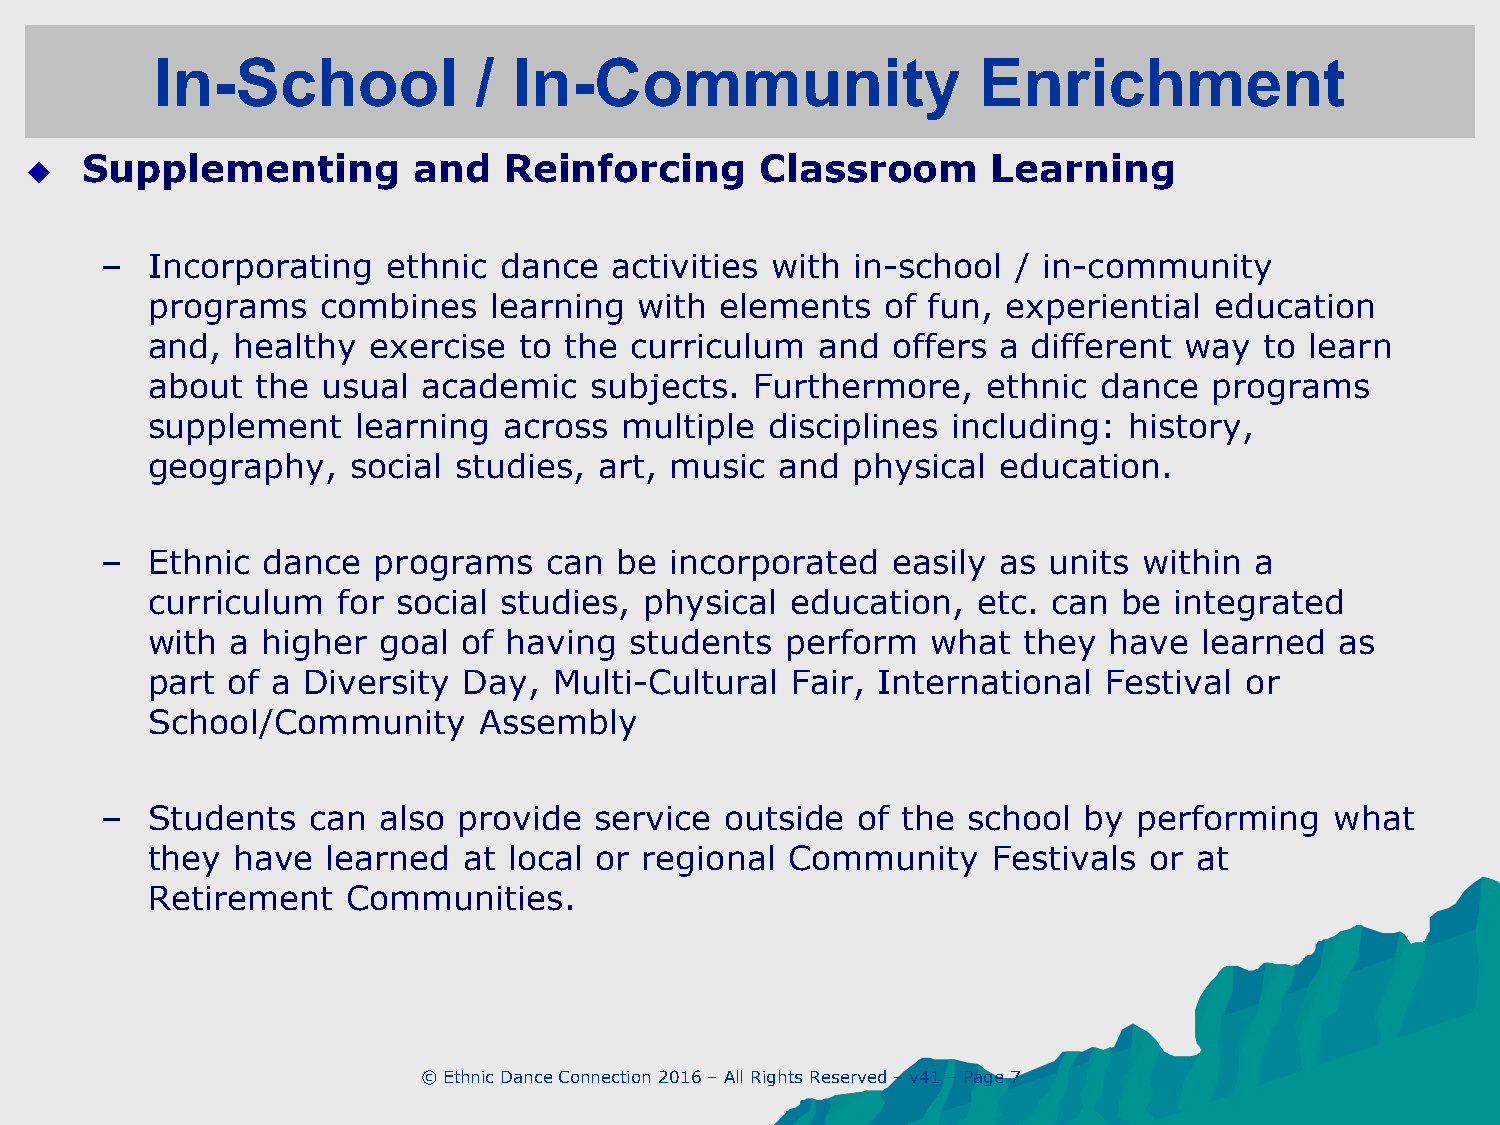
In-School            /  In-Community                   Enrichment
   Supplementing         and   Reinforcing      Classroom       Learning
 –  Incorporating   ethnic dance  activities with in-school  / in-community
 programs   combines    learning with  elements   of fun, experiential education
 and,  healthy exercise  to the  curriculum  and  offers a different way   to learn
 about  the usual  academic   subjects.  Furthermore,   ethnic  dance  programs
 supplement    learning across  multiple  disciplines including:  history,
 geography,   social studies,  art, music  and physical  education.
 –  Ethnic dance   programs   can  be incorporated   easily as units  within a
 curriculum  for social studies,  physical education,   etc. can be  integrated
 with a higher  goal  of having  students  perform   what  they have   learned  as
 part of a Diversity  Day,  Multi-Cultural Fair, International  Festival or
 School/Community      Assembly
 –  Students  can  also provide  service  outside  of the school  by performing   what
 they have   learned  at local or regional Community     Festivals or at
 Retirement   Communities.
 © Ethnic Dance Connection 2016 – All Rights Reserved – v41 – Page 7